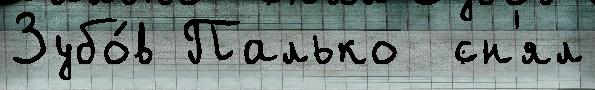
Зубо́в Палько  сн'ял